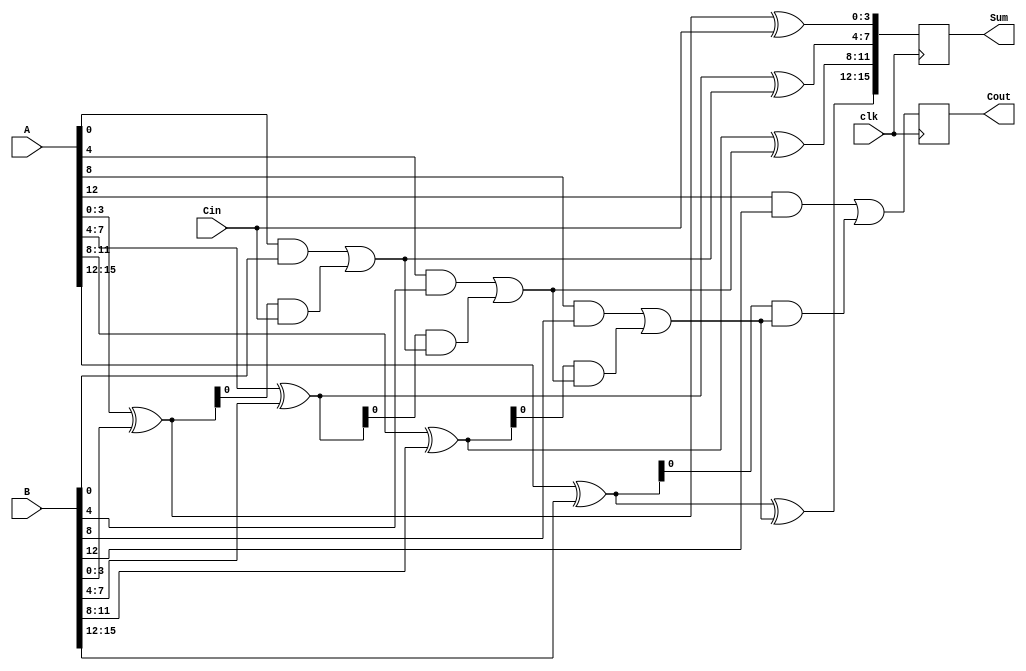
module PipelinedCLA(
    input wire clk,
    input wire [15:0] A,   // 16-bit input A
    input wire [15:0] B,   // 16-bit input B
    input wire Cin,        // Carry-in
    output reg [15:0] Sum, // 16-bit Sum Output
    output reg Cout        // Carry-out
);

    // Internal signals for groups
    wire [3:0] P [3:0];  // Propagate signals
    wire [3:0] G [3:0];  // Generate signals
    wire [4:0] C;        // Carry signals for each group

    // Stage 1: Calculate propagate and generate signals
    genvar i, j;
    generate
        for (i = 0; i < 4; i = i + 1) begin : group
            assign P[i] = A[i*4 +: 4] ^ B[i*4 +: 4]; // A[i] XOR B[i]
            assign G[i] = A[i*4 +: 4] & B[i*4 +: 4]; // A[i] AND B[i]
        end
    endgenerate

    // Stage 2: Carry computation
    assign C[0] = Cin; // Initial carry
    generate
        for (j = 0; j < 4; j = j + 1) begin : carry_computation
            assign C[j + 1] = G[j] | (P[j] & C[j]); // Carry Lookahead logic
        end
    endgenerate

    // Stage 3: Sum Calculation
    always @(posedge clk) begin
        Sum[0 +: 4] <= P[0] ^ C[0]; // Sum for group 0
        Sum[4 +: 4] <= P[1] ^ C[1]; // Sum for group 1
        Sum[8 +: 4] <= P[2] ^ C[2]; // Sum for group 2
        Sum[12 +: 4] <= P[3] ^ C[3]; // Sum for group 3
        Cout <= C[4]; // Final carry-out
    end

endmodule